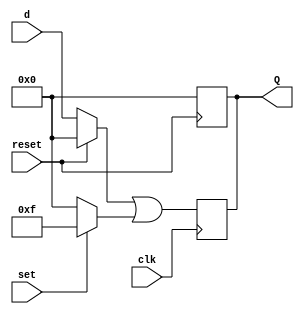
module flip_flopD(input wire [3:0]d,input wire clk, input wire reset, set, output reg [3:0] Q);
    

    /* se le asigna a la salida los sigientes valores, durante el flanco de subida
        d si set y reset se encuentran ambos en 0
        1111 si set esta en 1 sin importar lo que se encuentre en 
    */
    always @ (posedge clk) Q <= ( reset ? 4'b0000 : d) | (set ? 4'b1111 : 4'b0000) ;  
    always @ (posedge reset) Q = 4'b0000;
endmodule